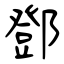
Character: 鄧